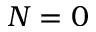
N = 0